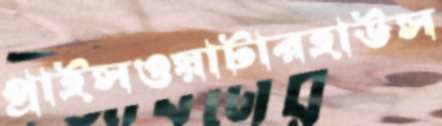
প্রাইসওয়াটারহাউস